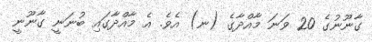
ގާނޫނުގެ 20 ވަނަ މާއްދާގެ (ނ) އެވެ. އެ މާއްދާގައި ބުނަނީ ގާނޫނީ